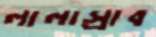
লালাস্রাব